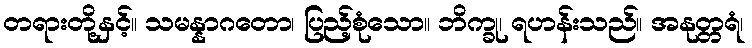
တရားတို့နှင့်။ သမန္နာဂတော၊ ပြည့်စုံသော။ ဘိက္ခု၊ ရဟန်းသည်။ အနုတ္တရံ၊